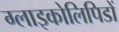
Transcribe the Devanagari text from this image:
ग्लाइकोलिपिडों